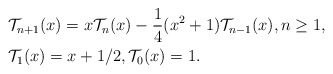
\begin{align*}&\mathcal{T}_{n+1}(x) = x\mathcal{T}_n(x)-\dfrac{1}{4} (x^2+1)\mathcal{T}_{n-1}(x), n\geq 1, \\& \mathcal{T}_{1}(x)=x+1/2, \mathcal{T}_{0}(x)=1.\end{align*}